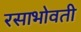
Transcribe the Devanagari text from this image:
रसाभोवती